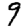
Digit: 9